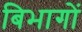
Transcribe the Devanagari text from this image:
बिभागों